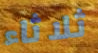
ثلاثاء